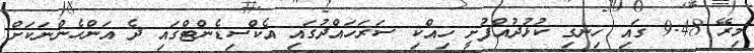
މިރޭ 9.48 ގައި ހިނގި ކުޅުދުއްފުށީ ހިއްކި ސަރަަހައްދުގައި އެކްސިޑެންޓްގައި ދެ އަންހެންނަކަށް